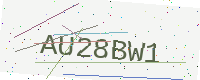
Text: AU28BW1